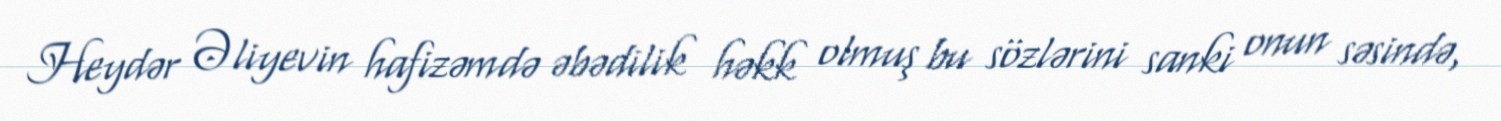
Heydər Əliyevin hafizəmdə əbədilik həkk olmuş bu sözlərini sanki onun səsində,